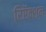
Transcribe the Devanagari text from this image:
रिऍक्शन